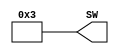
`timescale 1ns / 1ps
//////////////////////////////////////////////////////////////////////////////////
// Company: 
// Engineer: 
// 
// Design Name: 
// Module Name:    TopTestBench 
// Project Name: 
// Target Devices: 
// Tool versions: 
// Description: 
//
// Dependencies: 
//
// Revision: 
// Revision 0.01 - File Created
// Additional Comments: 
//
//////////////////////////////////////////////////////////////////////////////////
module TopTestBench(
	output reg [3:0] SW
    );
	 
	initial
		SW = 4'h3;


endmodule